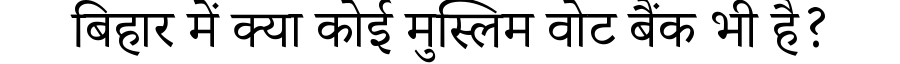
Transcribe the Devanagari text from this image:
बिहार में क्या कोई मुस्लिम वोट बैंक भी है?